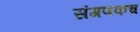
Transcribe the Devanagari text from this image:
संगणकच